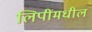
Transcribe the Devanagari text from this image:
लिपींमधील